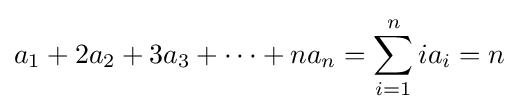
a_{1}+2a_{2}+3a_{3}+\cdots +na_{n}=\sum _{i=1}^{n}ia_{i}=n